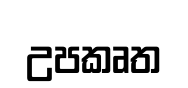
උපකෘත